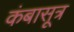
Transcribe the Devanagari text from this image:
कंबासूत्र